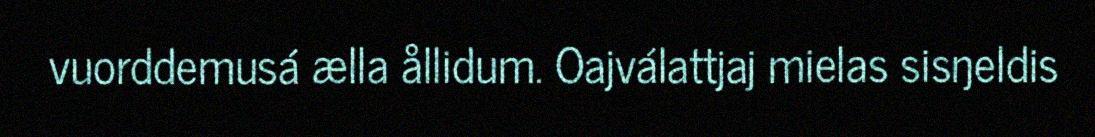
vuorddemusá ælla ållidum. Oajválattjaj mielas sisŋeldis